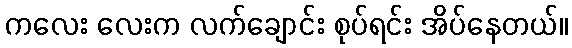
ကလေး လေးက လက်ချောင်း စုပ်ရင်း အိပ်နေတယ်။